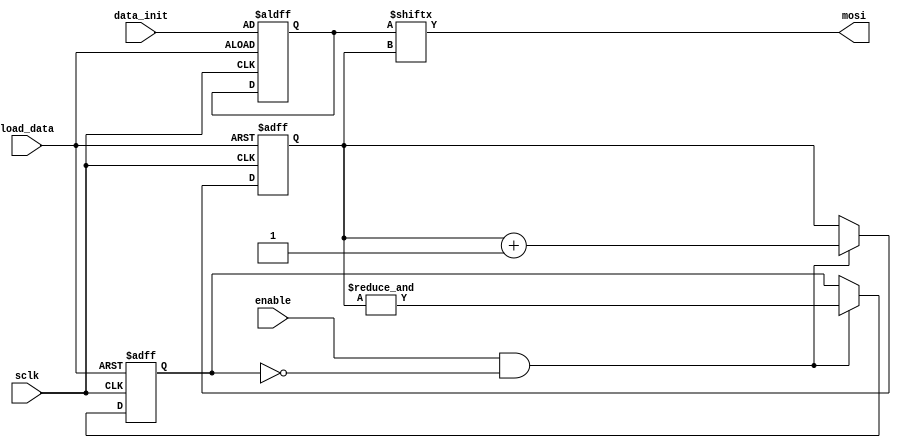
// shift register, parallel in, serial out

module writer( sclk, enable, mosi, load_data, data_init );
	parameter width = 64;	// 8 bytes
	parameter cwidth = 6;	// indexer width

	input sclk, enable, load_data;
	output mosi;
	input [ width - 1 : 0 ] data_init;
	reg [ width - 1 : 0 ] data;
	reg [ cwidth - 1 : 0 ] index;
	reg done;

	always @( posedge sclk or posedge load_data )
	begin
		if( load_data )
			begin
				data <= data_init;
				index <= 0;
				done <= 0;
			end

		else if( enable && !done )
			begin
				index <= index +1;
				done = &index;
			end
	end

	assign mosi = data[ index ];

endmodule